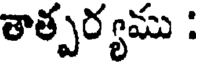
తాత్పర్యము :